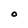
Character: O